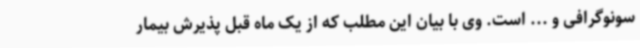
سونوگرافی و ... است. وی با بیان این مطلب که از یک ماه قبل پذیرش بیمار